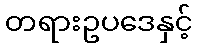
တရားဥပဒေနှင့်